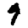
Digit: 9